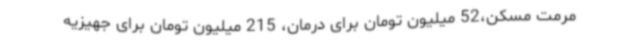
مرمت مسکن،52 میلیون تومان برای درمان، 215 میلیون تومان برای جهیزیه